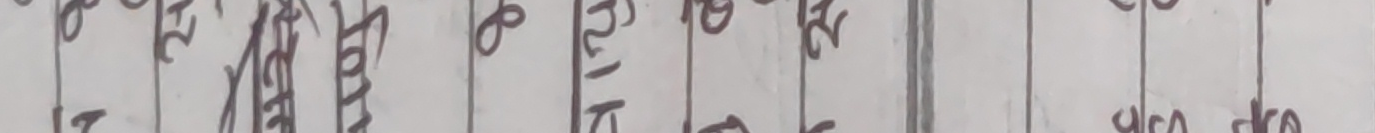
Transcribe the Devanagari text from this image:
२०७९ साल मिति भाद्र २२ गते रोज २